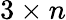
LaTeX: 3\times n